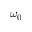
\omega _ { 0 }